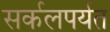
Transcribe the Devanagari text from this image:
सर्कलपर्यत